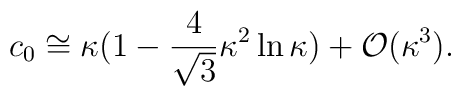
c_0 \cong \kappa  (1 - \frac{4}{\sqrt{3}} \kappa^2 \ln \kappa) +{\cal O}(\kappa^3).